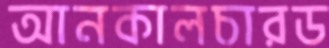
আনকালচারড